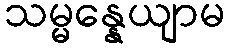
သမ္မန္နေယျာမ